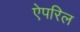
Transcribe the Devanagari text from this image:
ऐपरिल